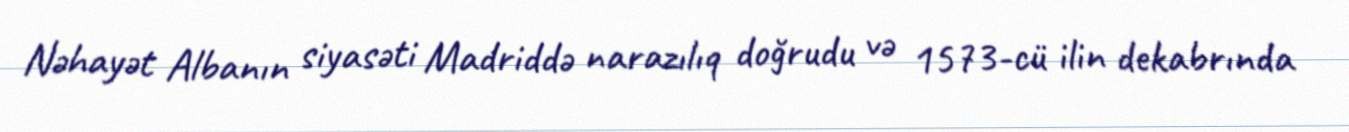
Nəhayət Albanın siyasəti Madriddə narazılıq doğrudu və 1573-cü ilin dekabrında